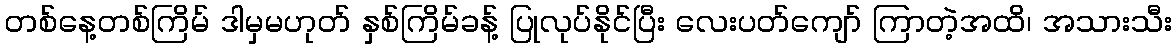
တစ်နေ့တစ်ကြိမ် ဒါမှမဟုတ် နှစ်ကြိမ်ခန့် ပြုလုပ်နိုင်ပြီး လေးပတ်ကျော် ကြာတဲ့အထိ၊ အသားသီး